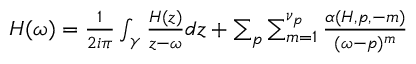
\begin{array} { r } { H ( \omega ) = \frac { 1 } { 2 i \pi } \int _ { \gamma } \frac { H ( z ) } { z - \omega } d z + \sum _ { p } \sum _ { m = 1 } ^ { \nu _ { p } } \frac { \alpha ( H , p , - m ) } { ( \omega - p ) ^ { m } } } \end{array}